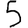
Digit: 5